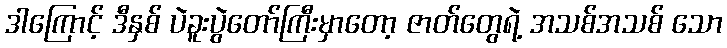
ဒါကြောင့် ဒီနှစ် ပဲခူးပွဲတော်ကြီးမှာတော့ ဇာတ်တွေရဲ့ အသစ်အသစ် သော